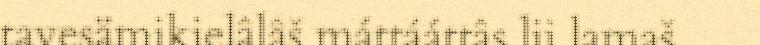
tavesämikielâlâš máttááttâs lii lamaš